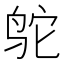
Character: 鸵